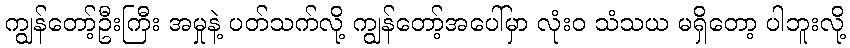
ကျွန်တော့်ဦးကြီး အမှုနဲ့ ပတ်သက်လို့ ကျွန်တော့်အပေါ်မှာ လုံးဝ သံသယ မရှိတော့ ပါဘူးလို့